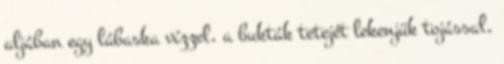
aljában egy lábaska vízzel, a bukták tetejét lekenjük tojással,